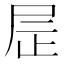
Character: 𫵙